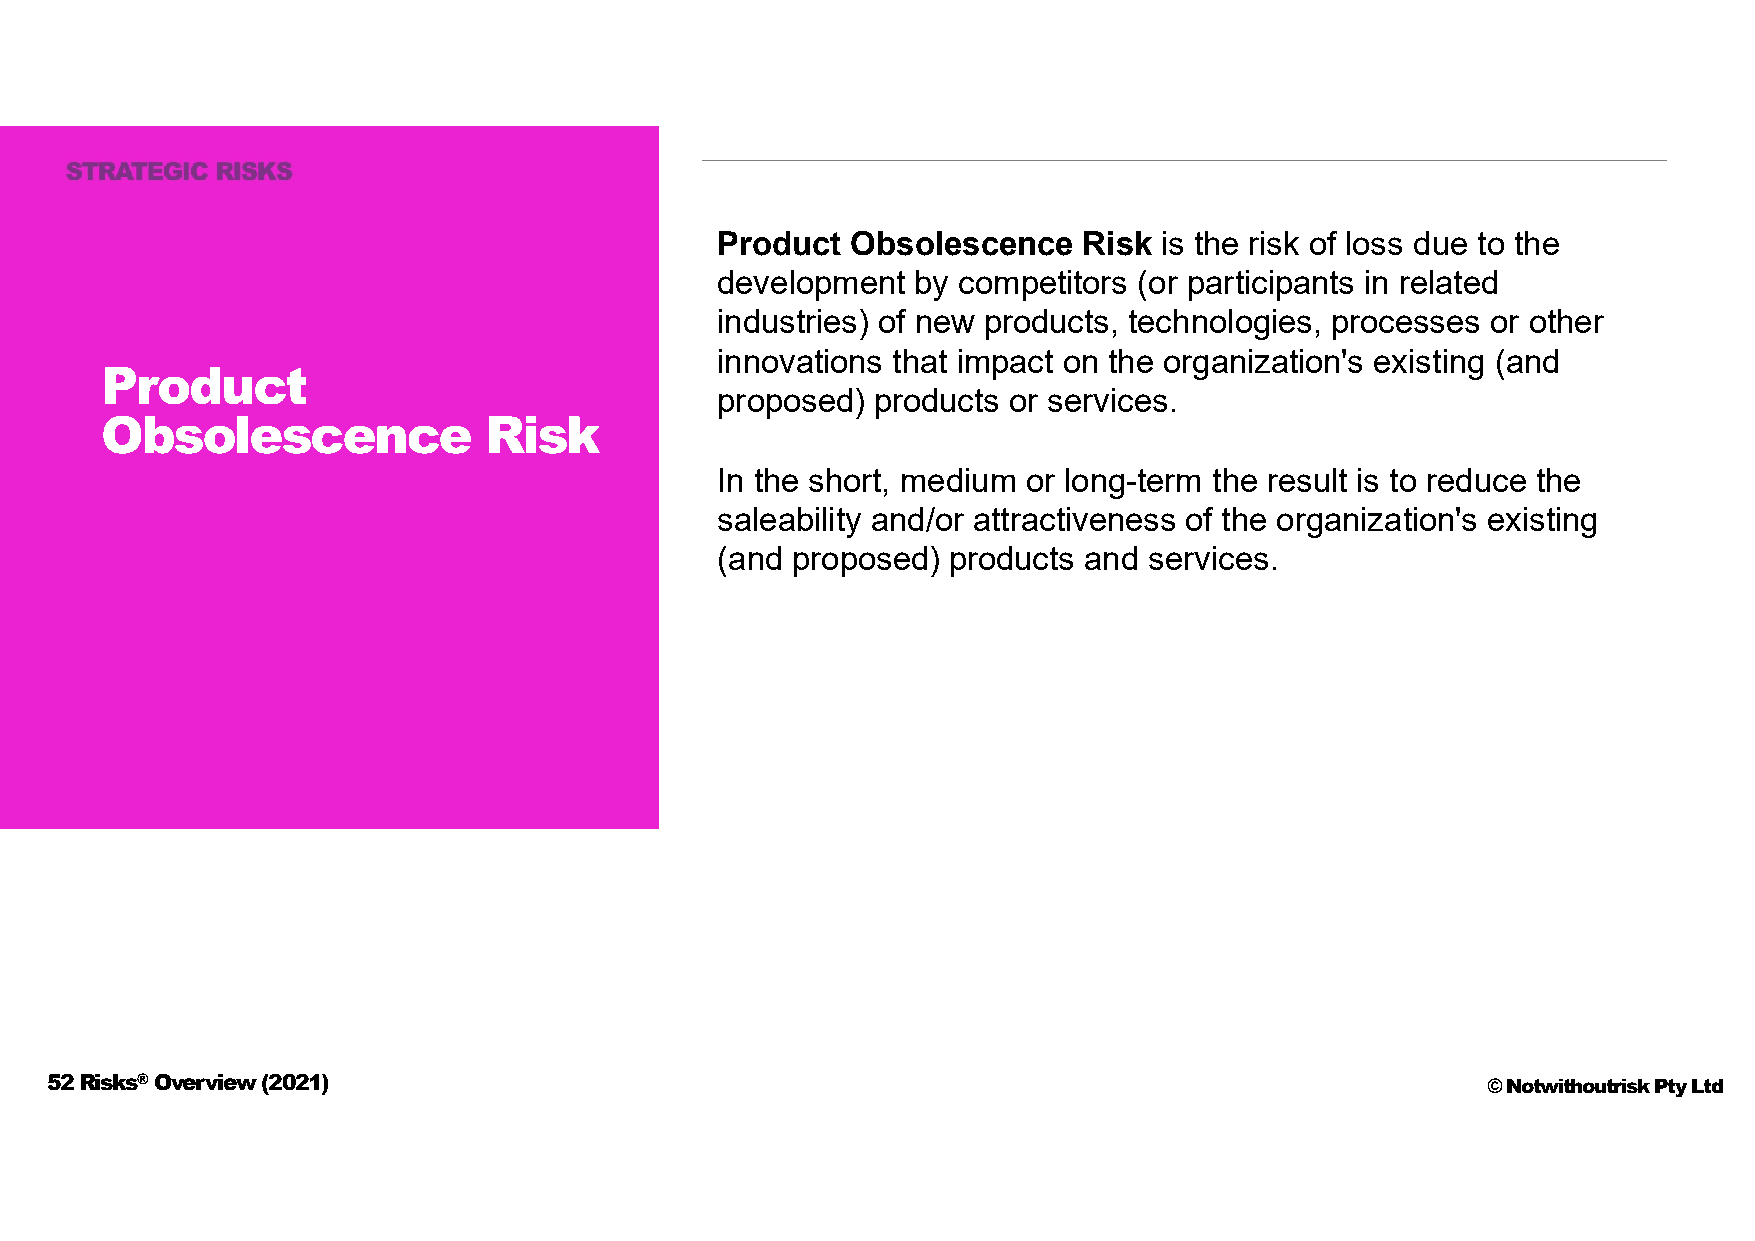
Product  Obsolescence    Risk is the risk of loss due to the
 development   by competitors (or participants in related
 industries) of new products, technologies, processes or other
 innovations that impact on the organization's existing (and
 Product
 proposed)  products or services.
 Obsolescence             Risk
 In the short, medium or long-term the result is to reduce the
 saleability and/or attractiveness of the organization's existing
 (and proposed)  products and services.
 52 Risks®Overview (2021)                                                                       © Notwithoutrisk Pty Ltd